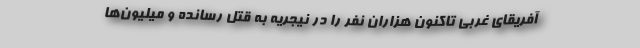
آفریقای غربی تاکنون هزاران نفر را در نیجریه به قتل رسانده و میلیون‌ها